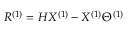
R ^ { ( 1 ) } = H X ^ { ( 1 ) } - X ^ { ( 1 ) } \Theta ^ { ( 1 ) }